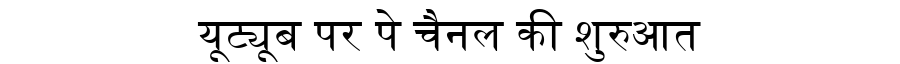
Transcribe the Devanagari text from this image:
यूट्यूब पर पे चैनल की शुरुआत